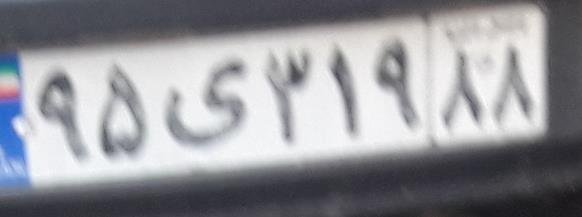
۹۵ی۳۱۹۸۸